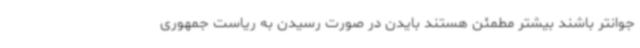
جوانتر باشند بیشتر مطمئن هستند بایدن در صورت رسیدن به ریاست جمهوری